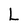
Character: L